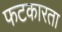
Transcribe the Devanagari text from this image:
फटकारता